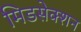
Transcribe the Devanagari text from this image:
मिडसेक्शन